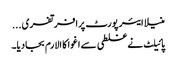
منیلا ایئر پورٹ پرافرتفری...
پائیلٹ نے غلطی سے اغوا کا الارم بجادیا۔